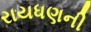
રાયધણની